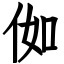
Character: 侞